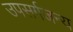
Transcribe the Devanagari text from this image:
उपसर्गजन्य